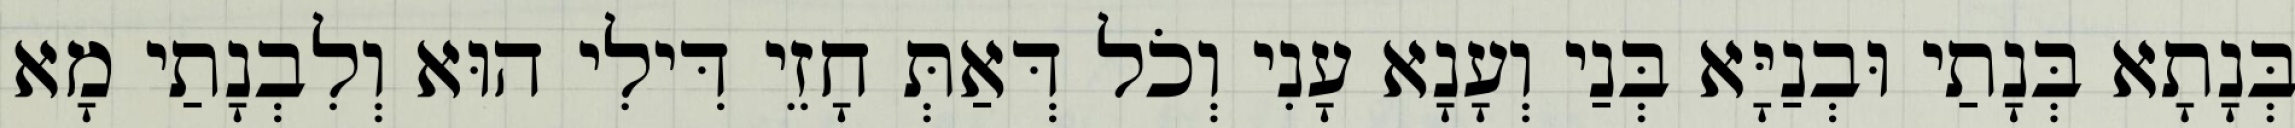
בְּנָתָא בְּנָתַי וּבְנַיָּא בְּנַי וְעָנָא עָנִי וְכֹל דְּאַתְּ חָזֵי דִּילִי הוּא וְלִבְנָתַי מָא